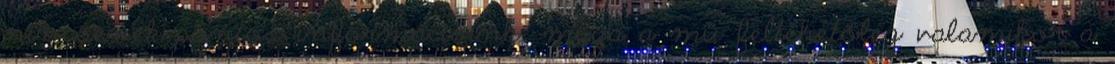
nincsenek pontos információink; maga a mű feltehetőleg valamikor a